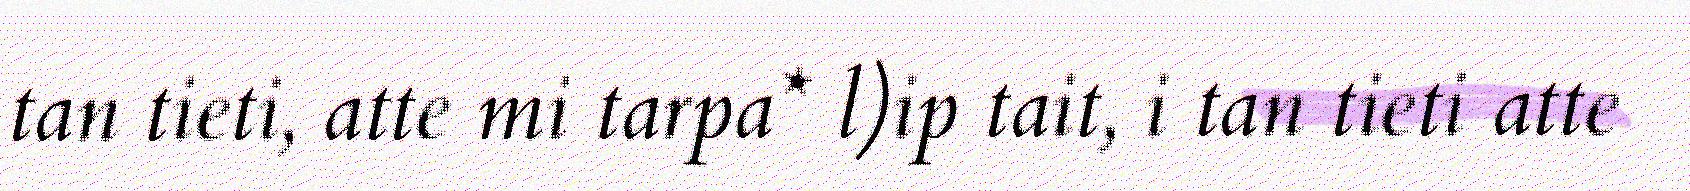
tan tieti, atte mi tarpa* l)ip tait, i tan tieti atte